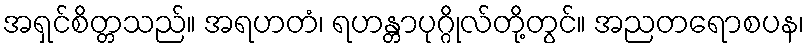
အရှင်စိတ္တသည်။ အရဟတံ၊ ရဟန္တာပုဂ္ဂိုလ်တို့တွင်။ အညတရောစပန၊